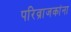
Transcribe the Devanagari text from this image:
परिव्राजकांना